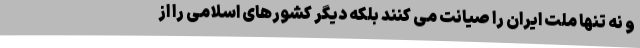
و نه تنها ملت ایران را صیانت می کنند بلکه دیگر کشورهای اسلامی را از